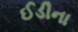
ઈડીના